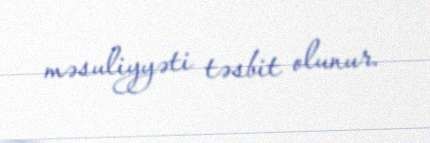
məsuliyyəti təsbit olunur.